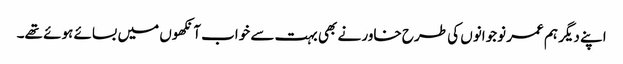
اپنے دیگر ہم عمر نوجوانوں کی طرح خاور نے بھی بہت سے خواب آنکھوں میں بسائے ہوئے تھے۔